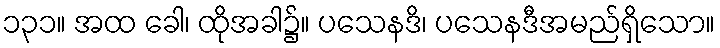
၁၃၁။ အထ ခေါ၊ ထိုအခါ၌။ ပသေနဒိ၊ ပသေနဒီအမည်ရှိသော။